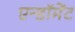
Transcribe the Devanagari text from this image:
एन्‍डॉमेंट